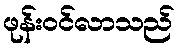
ဖုန်းဝင်လာသည်